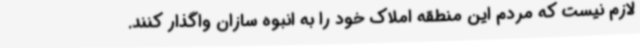
لازم نیست که مردم این منطقه املاک خود را به انبوه سازان واگذار کنند.‌